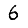
Digit: 6